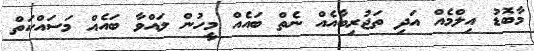
މާބޮޑު އިލްމެއް އަދި ތަޖުރިބާއެއް ނެތް ބައެއް މީހުން ލައްވާ ބައެއް މަސައްކަތް